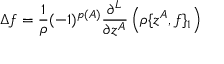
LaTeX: \Delta f = \frac { 1 } { \rho } ( - 1 ) ^ { p ( A ) } \frac { \partial ^ { L } } { \partial z ^ { A } } \left( \rho \{ z ^ { A } , f \} _ { 1 } \right)